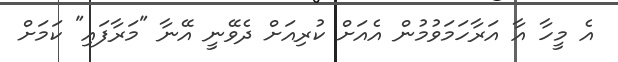
އެ މީހާ އާ އަރާހަމަވުމުން އެއަށް ކުރިއަށް ދެވޭނީ އޭނާ "މަރާފައި" ކަމަށް